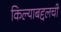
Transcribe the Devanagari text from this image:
किल्याबद्दलची